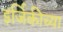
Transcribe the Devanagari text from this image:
इर्जिकीच्या